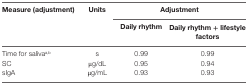
<table><thead><tr><td><b>Measure (adjustment)</b></td><td><b>Units</b></td><td colspan="2"><b>Adjustment</b></td></tr><tr><td>[EMPTY_CELL]</td><td>[EMPTY_CELL]</td><td><b>Daily rhythm</b></td><td><b>Daily rhythm + lifestyle factors</b></td></tr></thead><tbody><tr><td>Time for saliva<sup>a</sup><sup>,</sup><sup>b</sup></td><td>s</td><td>0.99</td><td>0.99</td></tr><tr><td>SC</td><td>μg/dL</td><td>0.95</td><td>0.94</td></tr><tr><td>sIgA</td><td>μg/mL</td><td>0.93</td><td>0.93</td></tr></tbody></table>